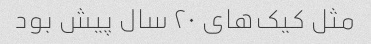
مثل کیک‌های ۲۰ سال پیش بود